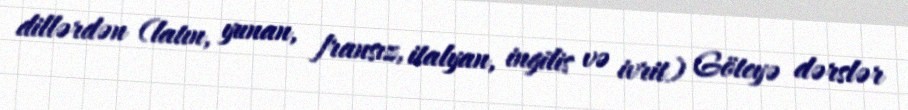
dillərdən (latın, yunan, fransız, italyan, ingilis və ivrit) Göteyə dərslər